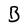
Character: B